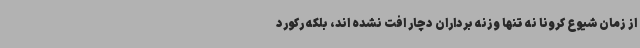
از زمان شیوع کرونا نه تنها وزنه برداران دچار افت نشده اند، بلکه رکورد